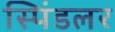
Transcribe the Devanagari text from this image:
स्पिंडलर